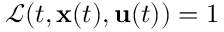
\begin{array} { r } { \mathcal { L } ( t , \mathbf { x } ( t ) , \mathbf { u } ( t ) ) = { 1 } } \end{array}